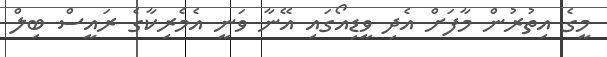
މީގެ އިތުރުން މާފަށް އެދި ވީޑިއޯގައި އޭނާ ވަނީ އެމެރިކާގެ ރައީސް ބިލް